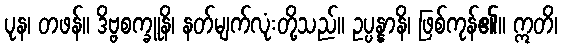
ပုန၊ တဖန်။ ဒိဗ္ဗစက္ခူနိ၊ နတ်မျက်လုံးတို့သည်။ ဥပ္ပန္နာနိ၊ ဖြစ်ကုန်၏။ ဣတိ၊